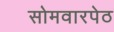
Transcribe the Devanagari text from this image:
सोमवारपेठ